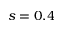
s = 0 . 4